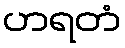
ဟရတံ